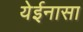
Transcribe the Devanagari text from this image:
येईनासा